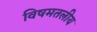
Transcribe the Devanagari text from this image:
विषमतलीय